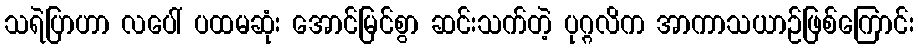
သရဲပြာဟာ လပေါ် ပထမဆုံး အောင်မြင်စွာ ဆင်းသက်တဲ့ ပုဂ္ဂလိက အာကာသယာဉ်ဖြစ်ကြောင်း